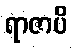
ရာဇာပိ